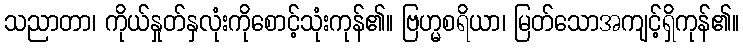
သညာတာ၊ ကိုယ်နှုတ်နှလုံးကိုစောင့်သုံးကုန်၏။ ဗြဟ္မစရိယာ၊ မြတ်သောအကျင့်ရှိကုန်၏။